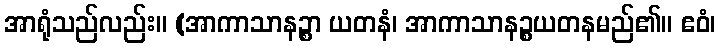
အာရုံသည်လည်း။ (အာကာသာနဉ္စာ ယတနံ၊ အာကာသာနဉ္စယတနမည်၏။ ဧဝံ၊